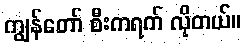
ကျွန်တော် စီးကရက် လိုတယ်။